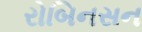
રોબિનસન